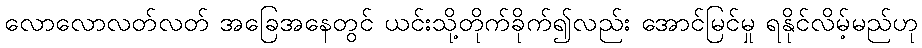
လောလောလတ်လတ် အခြေအနေတွင် ယင်းသို့တိုက်ခိုက်၍လည်း အောင်မြင်မှု ရနိုင်လိမ့်မည်ဟု